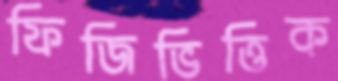
ফিজিভিত্তিক